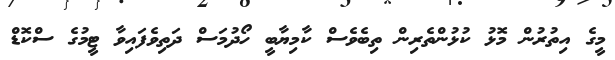
މީގެ އިތުރުން މޮޅު ކުޅުންތެރިން ތިބެވެސް ކާމިޔާބީ ހޯދުމަސް ދަތިވެފައިވާ ޓީމުގެ ސްކޮޑް